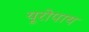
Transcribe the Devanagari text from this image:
यूरोपाय